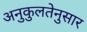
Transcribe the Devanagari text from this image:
अनुकुलतेनुसार